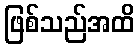
ဖြစ်သည်အထိ